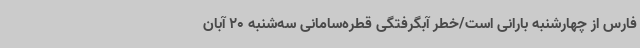
فارس از چهارشنبه بارانی است/خطر آبگرفتگی قطره‌سامانی سه‌شنبه 20 آبان